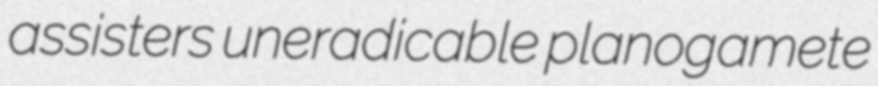
assisters uneradicable planogamete